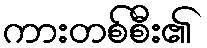
ကားတစ်စီး၏